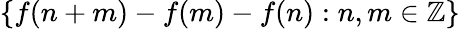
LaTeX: \{ f(n+m)-f(m)-f(n):n,m\in\mathbb{Z}\}